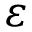
\varepsilon